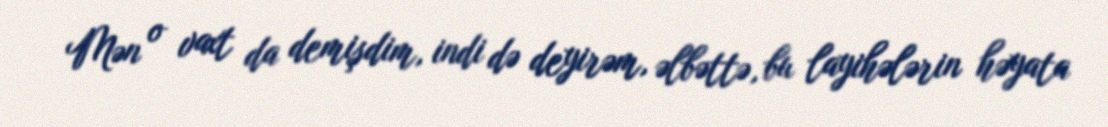
Mən o vaxt da demişdim, indi də deyirəm, əlbəttə, bu layihələrin həyata